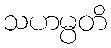
သဟမ္ပတိ